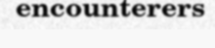
encounterers